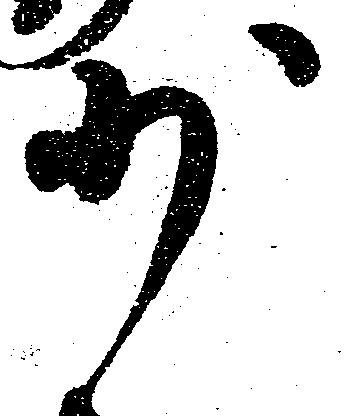
少